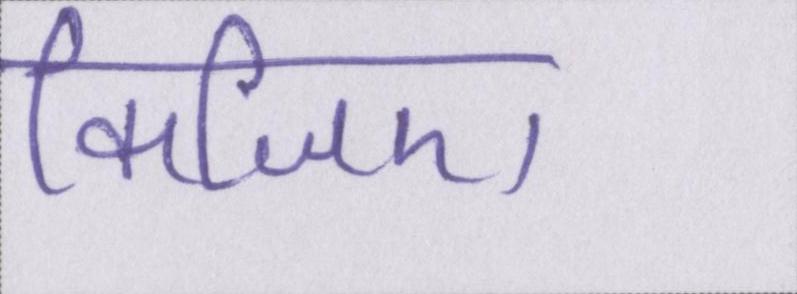
किजिए